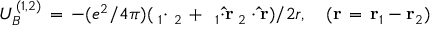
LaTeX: U _ { B } ^ { ( 1 , 2 ) } \, = \, - ( e ^ { 2 } / 4 \pi ) ( { \bf \alpha } _ { 1 } { \bf \cdot } { \bf \alpha } _ { 2 } \, + \, { \bf \alpha } _ { 1 } { \bf \cdot \hat { r } \alpha } _ { 2 } \cdot { \bf \hat { r } } ) / 2 r , \quad ( { \bf r \, = \, r } _ { 1 } - { \bf r } _ { 2 } )